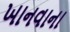
ખાનવાના